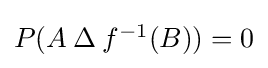
\textstyle P(A\mathbin {\Delta } f^{-1}(B))=0